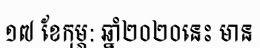
១៧ ខែកុម្ភ: ឆ្នាំ២០២០នេះ មាន